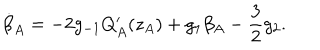
\dot { \beta } _ { A } = - 2 g _ { - 1 } Q _ { A } ^ { \prime } ( z _ { A } ) + g _ { 1 } \beta _ { A } - \frac { 3 } { 2 } g _ { 2 } .